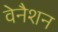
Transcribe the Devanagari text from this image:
वेनैशन